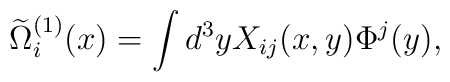
\widetilde{\Omega}_i^{(1)}(x) = \int d^3 y X_{ij}(x,y)\Phi^j(y),